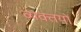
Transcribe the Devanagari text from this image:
व्यक्तयों